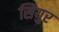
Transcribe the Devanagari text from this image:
सियुर